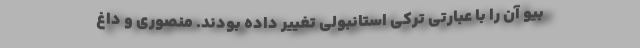
بیو آن را با عبارتی ترکی استانبولی تغییر داده بودند. منصوری و داغ